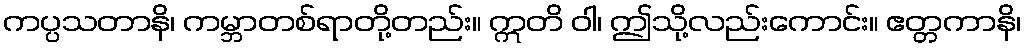
ကပ္ပသတာနိ၊ ကမ္ဘာတစ်ရာတို့တည်း။ ဣတိ ဝါ၊ ဤသို့လည်းကောင်း။ ဧတ္တကာနိ၊